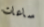
ساعات